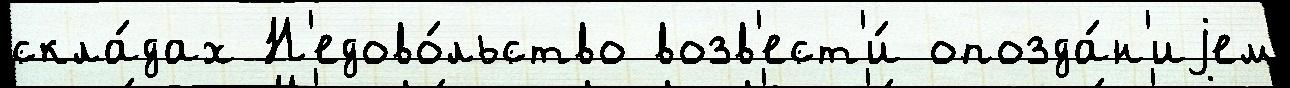
скла́дах Н'едово́льство возв'ест'и́ опозда́н'иjем